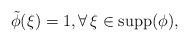
LaTeX: \begin{align*}\tilde \phi(\xi)=1, \forall\, \xi \in \operatorname{supp}(\phi),\end{align*}